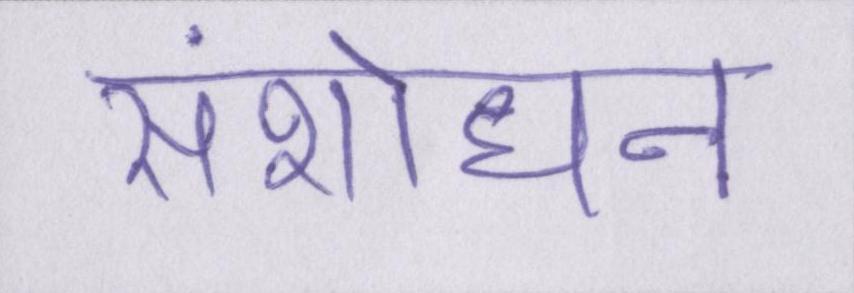
संशोधन